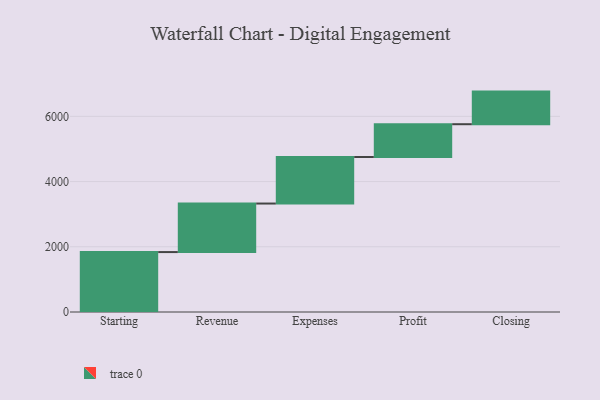
{"axis": {"x": "Step", "y": "Value"}, "legend": [""], "data": [{"x": "Starting", "y": 1838.0, "type": ""}, {"x": "Revenue", "y": 1488.0, "type": ""}, {"x": "Expenses", "y": 1427.0, "type": ""}, {"x": "Profit", "y": 1006.0, "type": ""}, {"x": "Closing", "y": 1000, "type": ""}]}